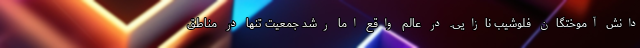
دانش آموختگان فلوشیب نازایی. در عالم واقع اما رشد جمعیت تنها در مناطق